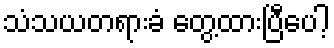
သံသယတရားခံ တွေ့ထားပြီပေါ့